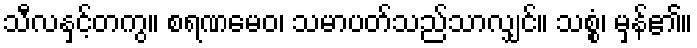
သီလနှင့်တကွ။ စရဏမေဝ၊ သမာပတ်သည်သာလျှင်။ သစ္စံ၊ မှန်၏။